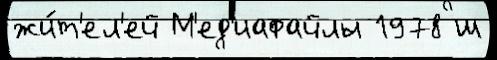
жи́т'ел'ей М'ед'иафайлы 1978 ш